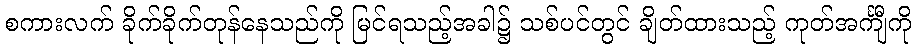
စကားလက် ခိုက်ခိုက်တုန်နေသည်ကို မြင်ရသည့်အခါ၌ သစ်ပင်တွင် ချိတ်ထားသည့် ကုတ်အင်္ကျီကို